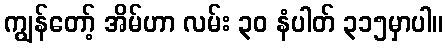
ကျွန်တော့် အိမ်ဟာ လမ်း ၃၀ နံပါတ် ၃၁၅မှာပါ။